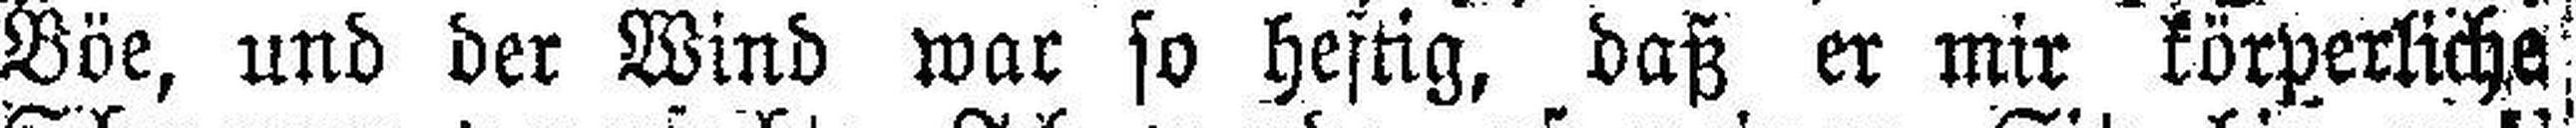
Böe, und der Wind war so heftig, daß er mir körperliche